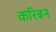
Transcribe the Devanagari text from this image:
करिबन